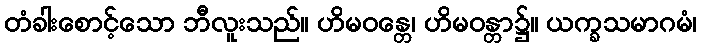
တံခါးစောင့်သော ဘီလူးသည်။ ဟိမဝန္တေ၊ ဟိမဝန္တာ၌။ ယက္ခသမာဂမံ၊